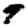
Digit: 9